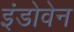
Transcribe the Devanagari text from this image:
इंडोवेन